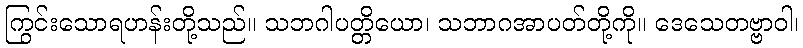
ကြွင်းသောရဟန်းတို့သည်။ သဘဂါပတ္တိယော၊ သဘာဂအာပတ်တို့ကို။ ဒေသေတဗ္ဗာဝါ၊